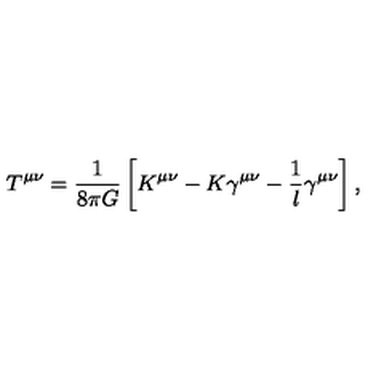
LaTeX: T ^ { \mu \nu } = \frac { 1 } { 8 \pi G } \left[ K ^ { \mu \nu } - K \gamma ^ { \mu \nu } - \frac 1 l \gamma ^ { \mu \nu } \right] ,